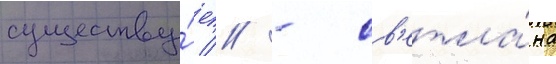
существу́ет // - св'етла́на